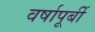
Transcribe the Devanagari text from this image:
वर्षापूर्बी